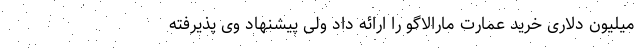
میلیون دلاری خرید عمارت مارالاگو را ارائه داد ولی پیشنهاد وی پذیرفته